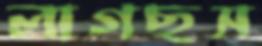
লাগছস